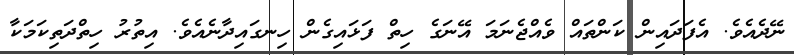
ނޭދެއެވެ. އެފަދައިން ކަންތައް ވެއްޖެނަމަ އޭނަގެ ހިތް ފަޅައިގެން ހިނގައިދާނެއެވެ. އިތުރު ހިތްދަތިކަމަކާ